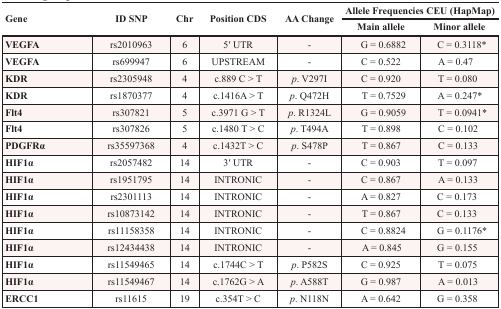
<table><thead><tr><td rowspan="2"><b>Gene</b></td><td rowspan="2"><b>ID SNP</b></td><td rowspan="2"><b>Chr</b></td><td rowspan="2"><b>Position CDS</b></td><td rowspan="2"><b>AA Change</b></td><td colspan="2"><b>Allele Frequencies CEU (HapMap)</b></td></tr><tr><td><b>Main allele</b></td><td><b>Minor allele</b></td></tr></thead><tbody><tr><td><b>VEGFA</b></td><td>rs2010963</td><td>6</td><td>5′ UTR</td><td>-</td><td> G = 0.6882</td><td>C = 0.3118*</td></tr><tr><td><b>VEGFA</b></td><td>rs699947</td><td>6</td><td>UPSTREAM</td><td>-</td><td>C = 0.522</td><td>A = 0.47</td></tr><tr><td><b>KDR</b></td><td>rs2305948</td><td>4</td><td>c.889 C &gt; T</td><td><i>p</i>. V297I</td><td>C = 0.920</td><td> T = 0.080</td></tr><tr><td><b>KDR</b></td><td>rs1870377</td><td>4</td><td>c.1416A &gt; T</td><td><i>p</i>. Q472H</td><td> T = 0.7529</td><td>A = 0.247*</td></tr><tr><td><b>Flt4</b></td><td>rs307821</td><td>5</td><td>c.3971 G &gt; T</td><td><i>p</i>. R1324L</td><td> G = 0.9059</td><td>T = 0.0941*</td></tr><tr><td><b>Flt4</b></td><td>rs307826</td><td>5</td><td>c.1480 T &gt; C</td><td><i>p</i>. T494A</td><td>T = 0.898</td><td> C = 0.102</td></tr><tr><td><b>PDGFRα</b></td><td>rs35597368</td><td>4</td><td>c.1432T &gt; C</td><td><i>p</i>. S478P</td><td>T = 0.867</td><td> C = 0.133</td></tr><tr><td><b>HIF1α</b></td><td>rs2057482</td><td>14</td><td>3′ UTR</td><td>-</td><td>C = 0.903</td><td> T = 0.097</td></tr><tr><td><b>HIF1α</b></td><td>rs1951795</td><td>14</td><td>INTRONIC</td><td>-</td><td>C = 0.867</td><td> A = 0.133</td></tr><tr><td><b>HIF1α</b></td><td>rs2301113</td><td>14</td><td>INTRONIC</td><td>-</td><td>A = 0.827</td><td> C = 0.173</td></tr><tr><td><b>HIF1α</b></td><td>rs10873142</td><td>14</td><td>INTRONIC</td><td>-</td><td>T = 0.867</td><td> C = 0.133</td></tr><tr><td><b>HIF1α</b></td><td>rs11158358</td><td>14</td><td>INTRONIC</td><td>-</td><td> C = 0.8824</td><td>G = 0.1176*</td></tr><tr><td><b>HIF1α</b></td><td>rs12434438</td><td>14</td><td>INTRONIC</td><td>-</td><td>A = 0.845</td><td> G = 0.155</td></tr><tr><td><b>HIF1α</b></td><td>rs11549465</td><td>14</td><td>c.1744C &gt; T</td><td><i>p</i>. P582S</td><td>C = 0.925</td><td> T = 0.075</td></tr><tr><td><b>HIF1α</b></td><td>rs11549467</td><td>14</td><td>c.1762G &gt; A</td><td><i>p</i>. A588T</td><td>G = 0.987</td><td> A = 0.013</td></tr><tr><td><b>ERCC1</b></td><td>rs11615</td><td>19</td><td>c.354T &gt; C</td><td><i>p</i>. N118N</td><td>A = 0.642</td><td> G = 0.358</td></tr></tbody></table>